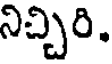
నిచ్చిరి.